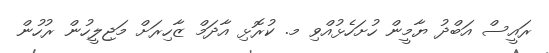
ރައީސް އަބްދު ޔާމީން ހުށަހެޅުއްވި މ. ކުރޮޅި އާދަމް ޒާހިރަށް މަޖިލީހުން ރުހުން